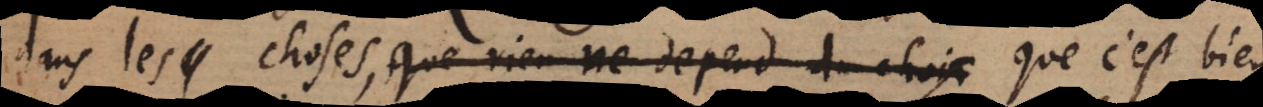
dans les choses, que rien ne depend du choix que c’est bie